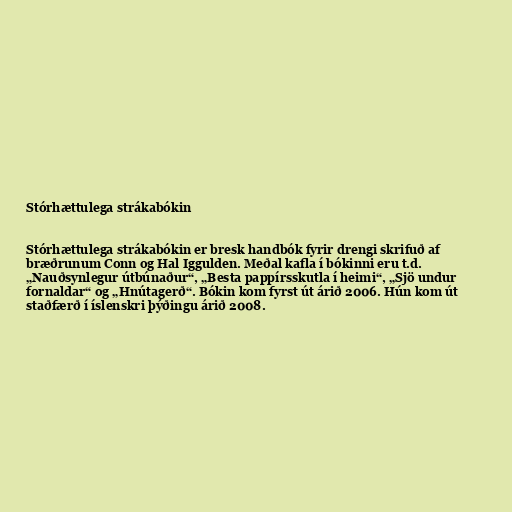
Stórhættulega strákabókin

Stórhættulega strákabókin er bresk handbók fyrir drengi skrifuð af
bræðrunum Conn og Hal Iggulden. Meðal kafla í bókinni eru t.d.
„Nauðsynlegur útbúnaður“, „Besta pappírsskutla í heimi“, „Sjö undur
fornaldar“ og „Hnútagerð“. Bókin kom fyrst út árið 2006. Hún kom út
staðfærð í íslenskri þýðingu árið 2008.